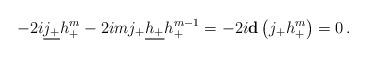
LaTeX: \begin{align*}-2i\underline{j_+} h_+^m - 2im j_+\underline{h_+} h_+^{m-1} = -2i{\bf d}\left(j_+ h_+^m\right)=0 \,.\end{align*}